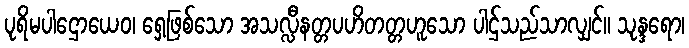
ပုရိမပါဌောယေဝ၊ ရှေ့ဖြစ်သော အသလ္လီနတ္တပဟိတတ္တဟူသော ပါဌ်သည်သာလျှင်။ သုန္ဒရော၊